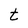
Character: t